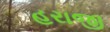
હરાજી